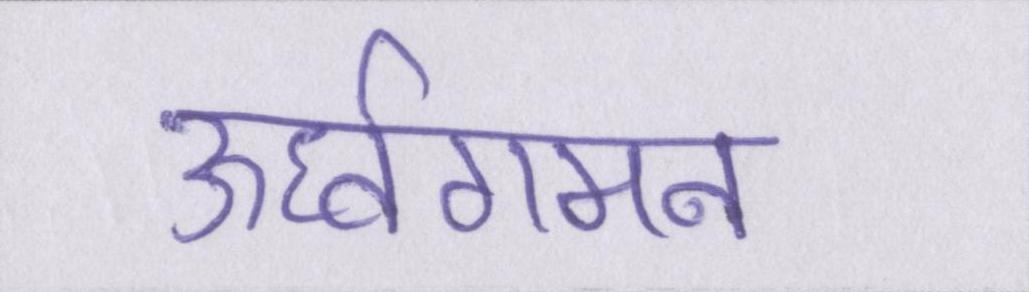
ऊर्ध्वगमन